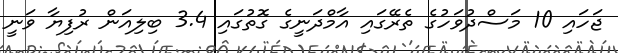
ޖަހައި 10 މަސްދުވަހުގެ ތެރޭގައި އާމްދަނީގެ ގޮތުގައި 3.4 ބިލިއަން ރުފިޔާ ވަނީ